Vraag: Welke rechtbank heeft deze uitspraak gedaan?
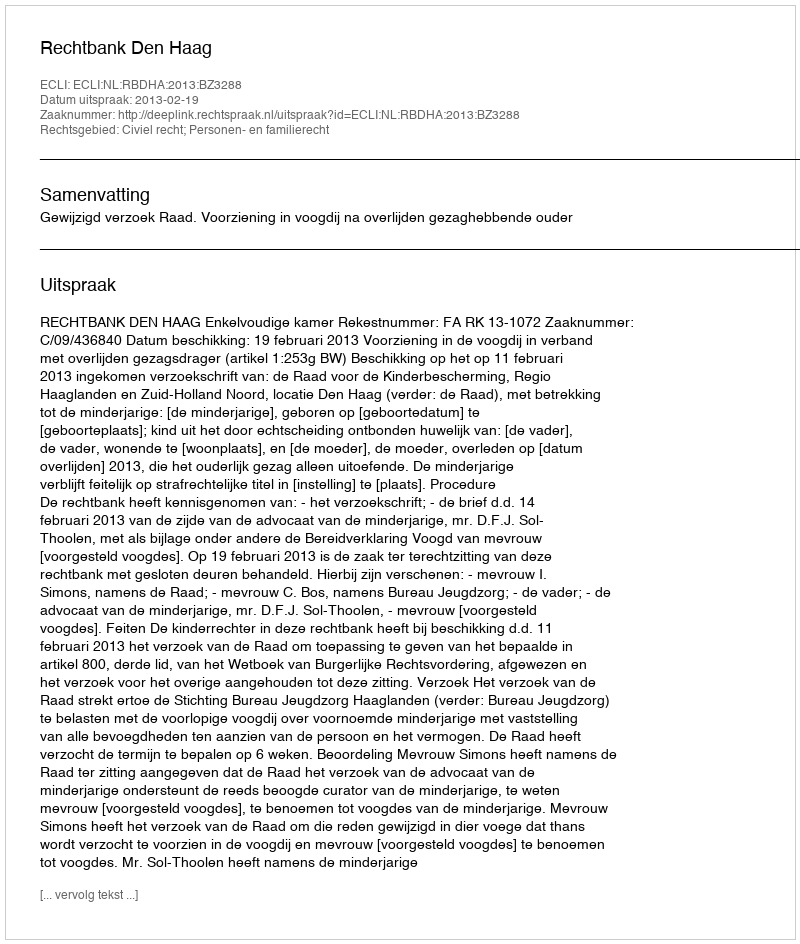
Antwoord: Rechtbank Den Haag